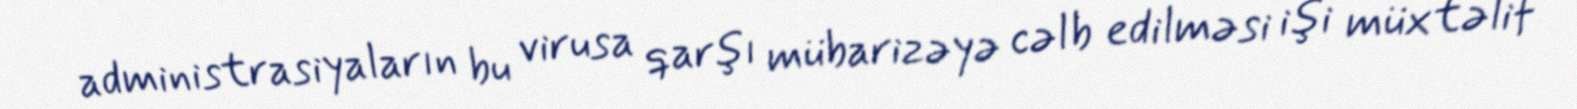
administrasiyaların bu virusa qarşı mübarizəyə cəlb edilməsi işi müxtəlif